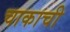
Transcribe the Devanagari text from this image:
चाकाची